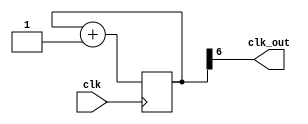
module clock_divisor (
    input      clk,
    output clk_out
);
    reg[6:0] counter;
    assign                clk_out = counter[6];
    always @(negedge clk) counter = counter + 1;
endmodule